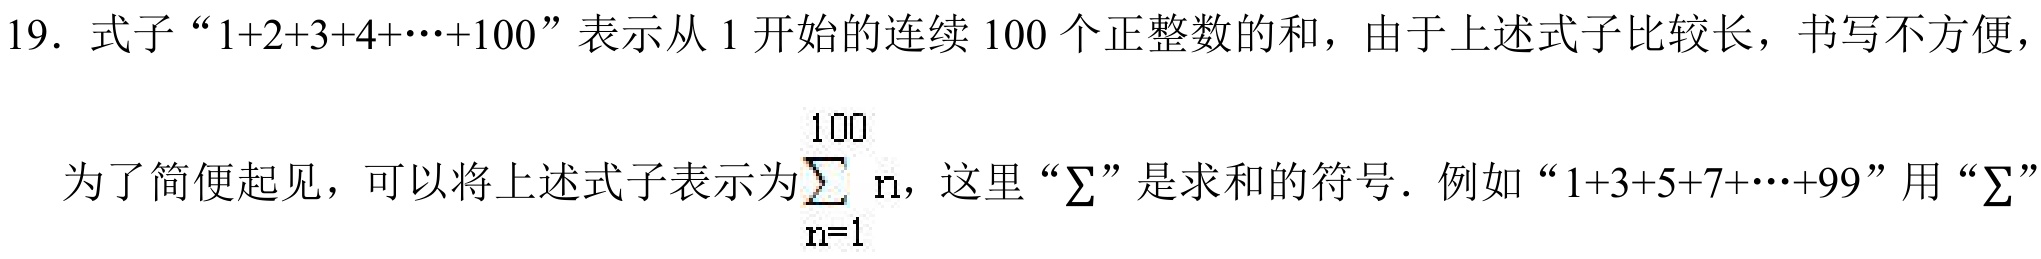
19. 式子“\(1 + 2+3 + 4+\cdots+100\)”表示从 1 开始的连续 100 个正整数的和，由于上述式子比较长，书写不方便，
为了简便起见，可以将上述式子表示为\(\sum_{n = 1}^{100}n\)，这里“\(\sum\)”是求和的符号．例如“\(1+3 + 5+7+\cdots+99\)”用“\(\sum\)”